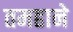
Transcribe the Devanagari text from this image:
तमहाने